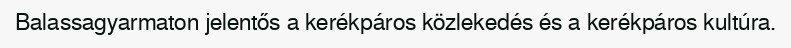
Balassagyarmaton jelentős a kerékpáros közlekedés és a kerékpáros kultúra.